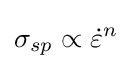
\sigma _{sp}\propto {\dot {\varepsilon }}^{n}